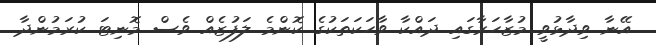
އޭނާ ވިދާޅުވީ މުޒާހަރާގައި ދައްކާ ވާހަކަތަކުގެ ކޮންމެ ލަފުޒެއް ވެސް މޮނިޓަ ކުރަމުންދާ